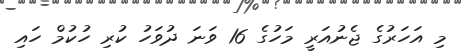
މި އަހަރުގެ ޖެނުއަރީ މަހުގެ 16 ވަނަ ދުވަހު ކުރި ހުކުމް ހައި